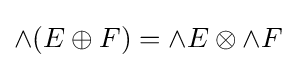
\wedge (E\oplus F)=\wedge E\otimes \wedge F